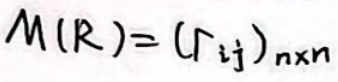
$M(R)=(r_{ij})_{n\times n}$